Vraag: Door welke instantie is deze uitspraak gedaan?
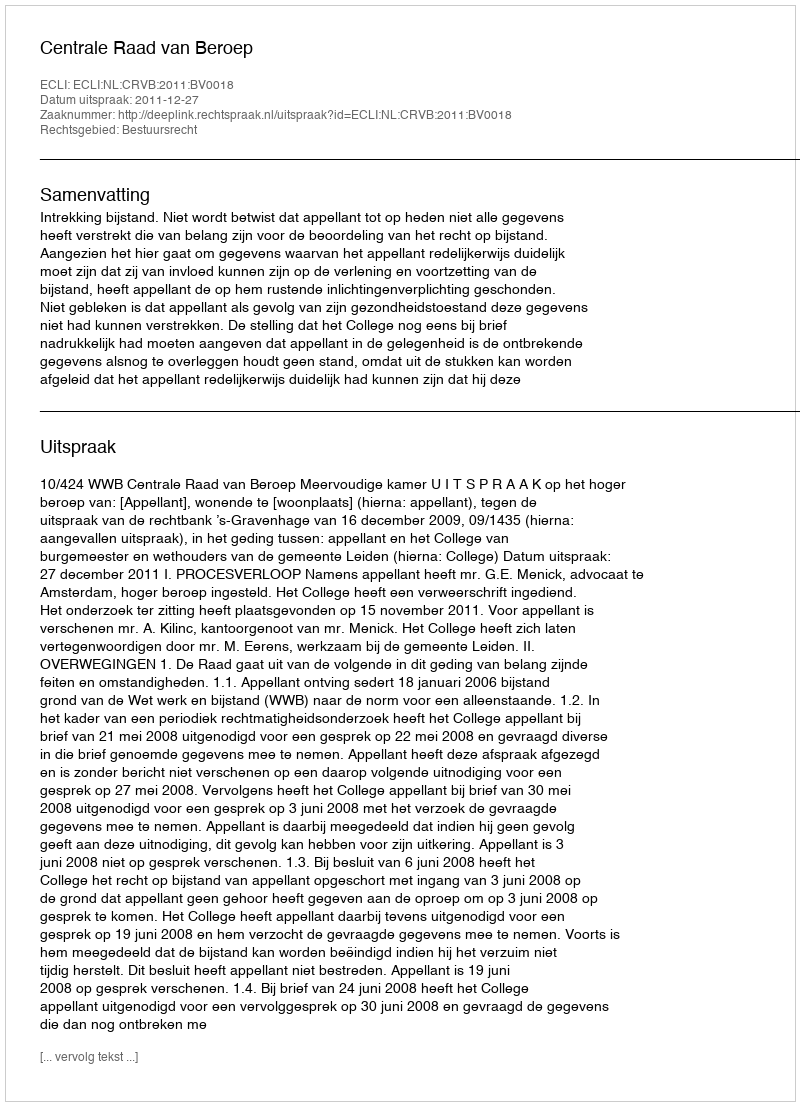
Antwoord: Centrale Raad van Beroep